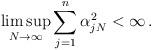
LaTeX: \begin{align*} \limsup_{N\to\infty}\sum_{j=1}^n\alpha_{jN}^2<\infty\,.\end{align*}